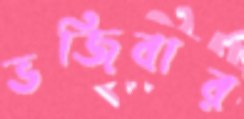
ভজিবার